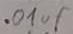
Text: .01µF